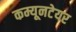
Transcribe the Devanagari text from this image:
कम्यूनटेयर